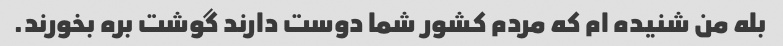
بله من شنیده ام که مردم کشور شما دوست دارند گوشت بره بخورند.